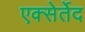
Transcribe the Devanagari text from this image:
एक्सेर्तेद